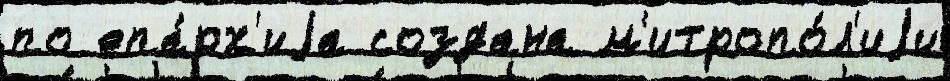
по епа́рх'иjа создана м'итропо́л'иjи